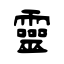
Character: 靈